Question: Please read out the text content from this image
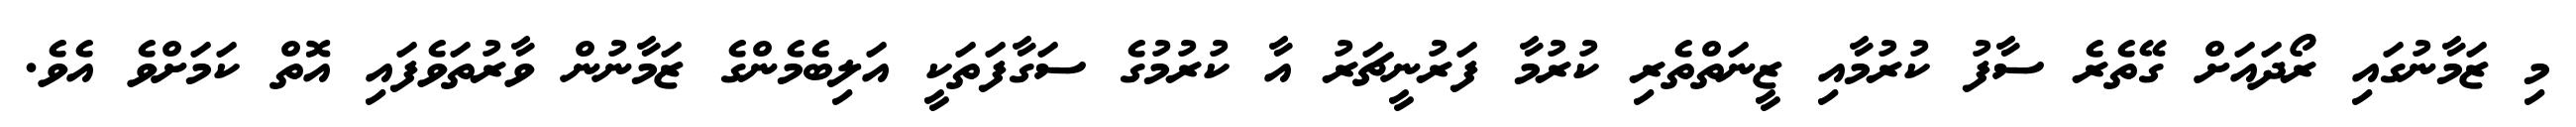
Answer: މި ޒަމާނުގައި ރޯދައަށް ގޭތެރެ ސާފު ކުރުމާއި ޒީނަތްތެރި ކުރުމާ ފަރުނީޗަރު އާ ކުރުމުގެ ސަގާފަތަކީ އަލިބެމެންގެ ޒަމާނުން ވާރުތަވެފައި އޮތް ކަމަށްވެ އެވެ.